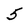
Character: 5